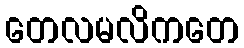
တေလမလိကတေ